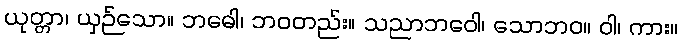
ယုတ္တာ၊ ယှဉ်သော။ ဘဓေါ၊ ဘဝတည်း။ သညာဘဝေါ၊ သောဘဝ။ ဝါ၊ ကား။